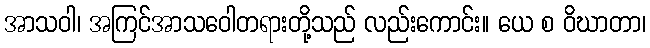
အာသဝါ၊ အကြင်အာသဝေါတရားတို့သည် လည်းကောင်း။ ယေ စ ဝိဃာတာ၊